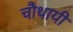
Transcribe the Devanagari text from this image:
चौथायी